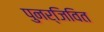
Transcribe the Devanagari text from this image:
पुनर्जिवित